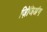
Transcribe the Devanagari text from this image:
ज़िंजिअंग